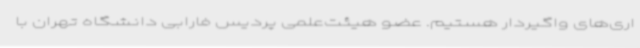
اری‌های واگیردار هستیم. عضو هیئت‌علمی پردیس فارابی دانشگاه تهران با